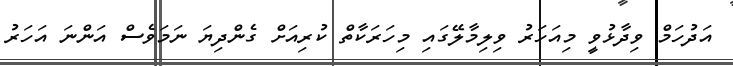
އަދުހަމް ވިދާޅުވީ މިއަހަރު ވިލިމާލޭގައި މިހަރަކާތް ކުރިއަށް ގެންދިޔަ ނަމަވެސް އަންނަ އަހަރު